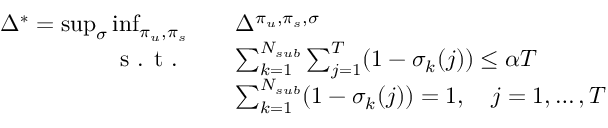
\begin{array} { r l } { \Delta ^ { * } = \operatorname* { s u p } _ { \sigma } \operatorname* { i n f } _ { \pi _ { u } , \pi _ { s } } \quad } & { \Delta ^ { \pi _ { u } , \pi _ { s } , \sigma } } \\ { \textrm { s . t . } \quad } & { \sum _ { k = 1 } ^ { N _ { s u b } } \sum _ { j = 1 } ^ { T } ( 1 - \sigma _ { k } ( j ) ) \leq \alpha T } \\ & { \sum _ { k = 1 } ^ { N _ { s u b } } ( 1 - \sigma _ { k } ( j ) ) = 1 , \quad j = 1 , \ldots , T } \end{array}